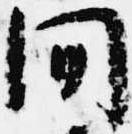
間